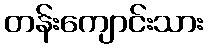
တန်းကျောင်းသား